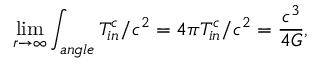
\operatorname * { l i m } _ { r \rightarrow \infty } \int _ { a n g l e } T _ { i n } ^ { c } / c ^ { 2 } = 4 \pi T _ { i n } ^ { c } / c ^ { 2 } = \frac { c ^ { 3 } } { 4 G } ,